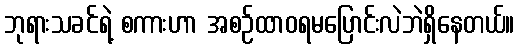
ဘုရားသခင်ရဲ့ စကားဟာ အစဉ်ထာဝရမပြောင်းလဲဘဲရှိနေတယ်။